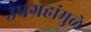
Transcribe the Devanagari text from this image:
उपग्रहांमुळे